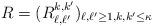
LaTeX: \begin{align*}R= (R_{\ell,\ell'}^{k,k'})_{\ell,\ell'\geq 1, k,k'\leq \kappa}\end{align*}